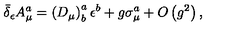
\bar { \delta } _ { \epsilon } A _ { \mu } ^ { a } = \left( D _ { \mu } \right) _ { b } ^ { a } \epsilon ^ { b } + g \sigma _ { \mu } ^ { a } + O \left( g ^ { 2 } \right) ,